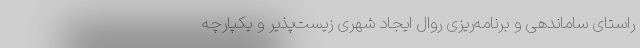
راستای ساماندهی و برنامه‌ریزی روال ایجاد شهری زیست‌پذیر و یکپارچه